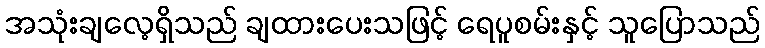
အသုံးချလေ့ရှိသည် ချထားပေးသဖြင့် ရေပူစမ်းနှင့် သူပြောသည်